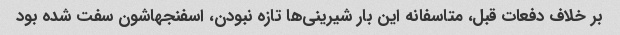
بر خلاف دفعات قبل، متاسفانه این بار شیرینی‌ها تازه نبودن، اسفنجهاشون سفت شده بود